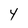
Character: 4